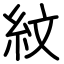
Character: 紋